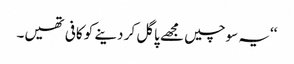
‘‘یہ سوچیں مجھے پاگل کر دینے کو کافی تھیں۔